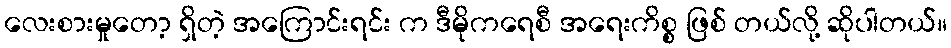
လေးစားမှုတော့ ရှိတဲ့ အကြောင်းရင်း က ဒီမိုကရေစီ အရေးကိစ္စ ဖြစ် တယ်လို့ ဆိုပါတယ်။